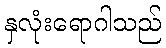
နှလုံးရောဂါသည်